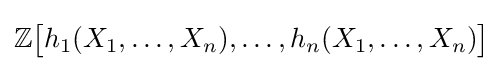
\mathbb {Z} {\big [}h_{1}(X_{1},\ldots ,X_{n}),\ldots ,h_{n}(X_{1},\ldots ,X_{n}){\big ]}